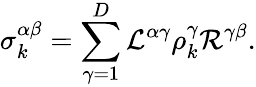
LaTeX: \sigma_{k}^{\alpha\beta}=\sum_{\gamma=1}^{D}\mathcal{L}^{\alpha\gamma}\rho_{k}^{\gamma}\mathcal{R}^{\gamma\beta}.